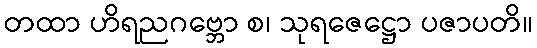
တထာ ဟိရညဂဗ္ဘော စ၊ သုရဇေဋ္ဌော ပဇာပတိ။